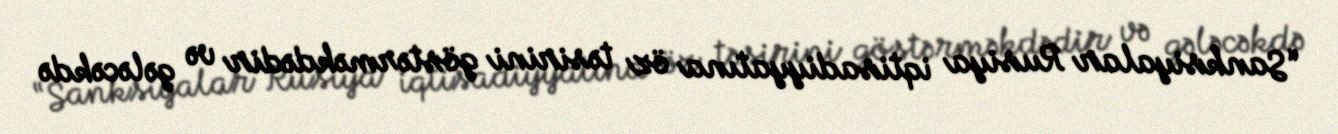
“Sanksiyalar Rusiya iqtisadiyyatına öz təsirini göstərməkdədir və gələcəkdə